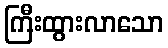
ကြီးထွားလာသော